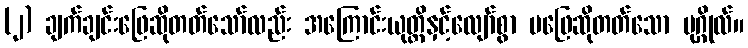
(၂) ချက်ချင်းဖြေဆိုတတ်သော်လည်း အကြောင်းယုတ္တိနှင့်လျော်စွာ မဖြေဆိုတတ်သော ပုဂ္ဂိုလ်။